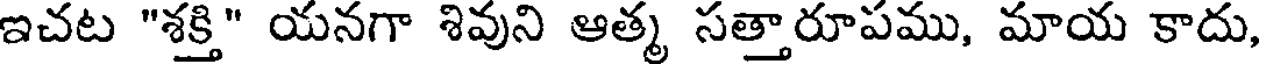
ఇచట "శక్తి" యనగా శివుని ఆత్మ సత్తారూపము, మాయ కాదు,